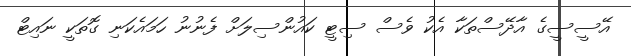
އޭސީސީގެ އާދޭސްތަކާ އެކު ވެސް ސިޓީ ކައުންސިލަށް ފެނުނު ހަމައެކަނި ގޮތަކީ ނައިޓް